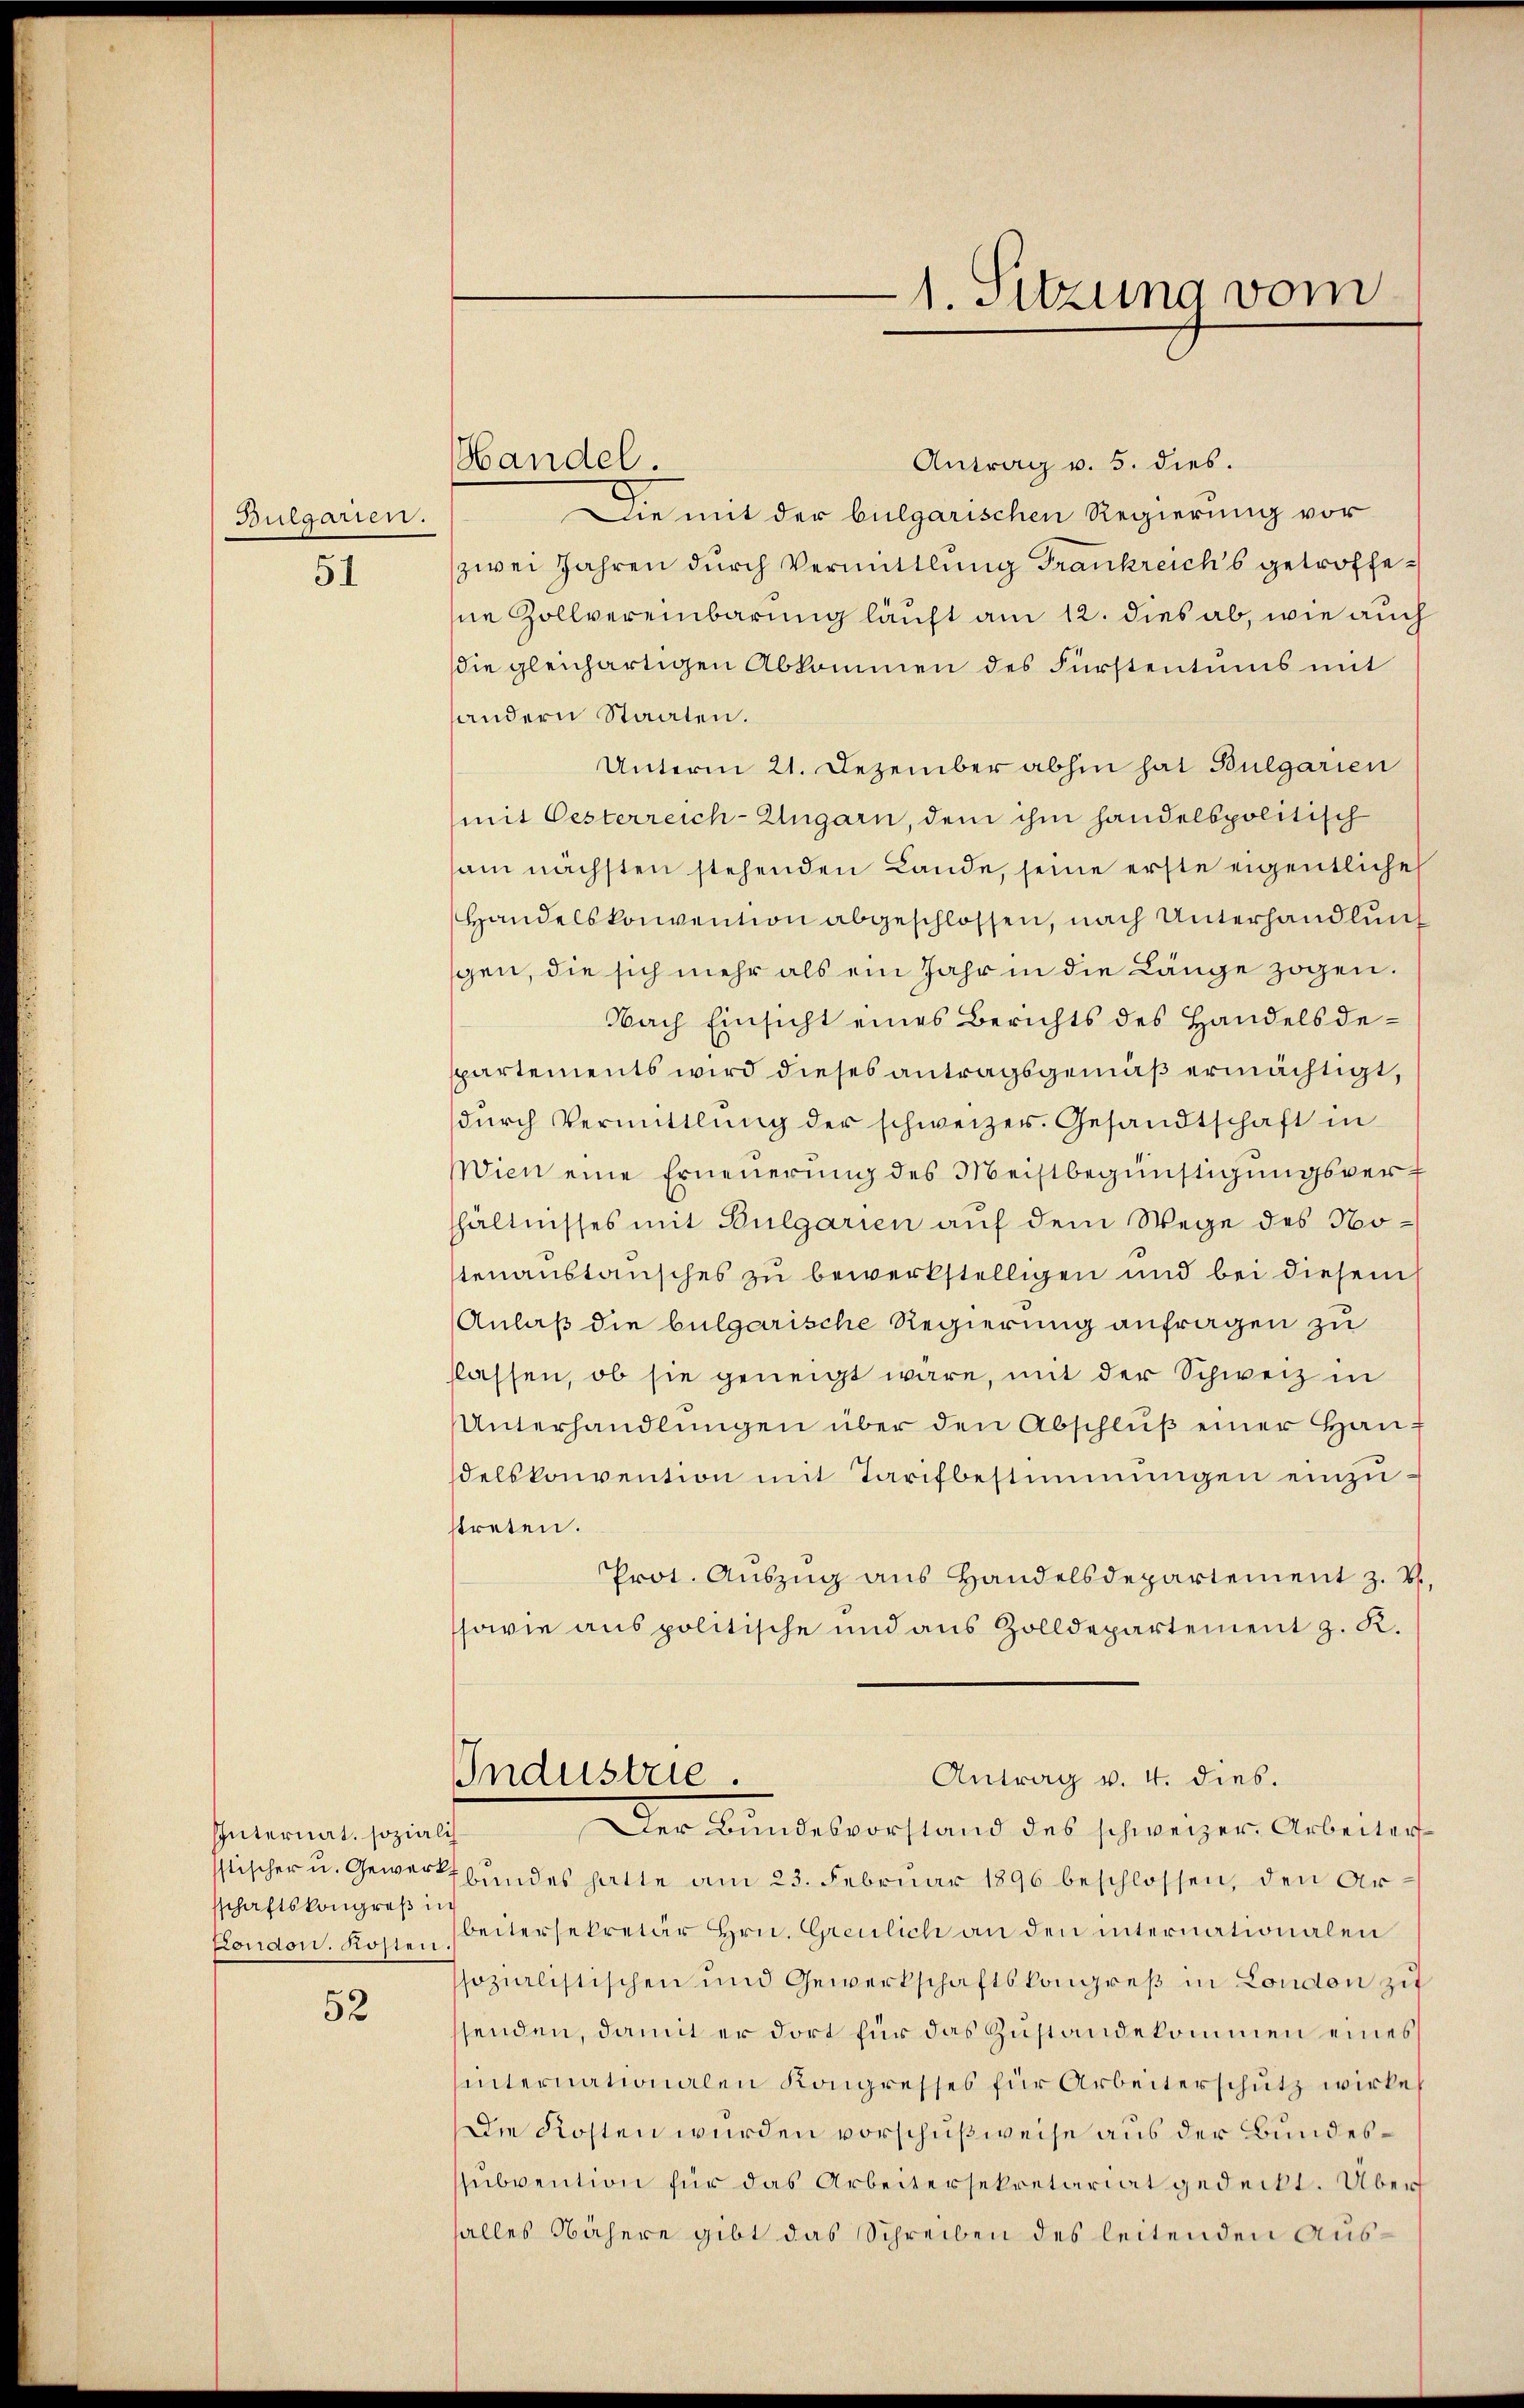
Bulgarien.

51

Internat. sozialis
sschaftskongreß in

52

Handel.

1. Sitzung vom

Antrag v. 5. dies.
Die mit der bulgarischen Regierung vor
zwei Jahren durch Vermittlung Frankreichs getroffesne Zollvereinbarung läuft am 12. dies ab, wie auch
die gleichartigen Abkommen des Fürstentums mit
handern Staaten.
Unterm 21. Dezember abhin hat Bulgarien
(mit Oesterreich-Ungarn, dem ihm handelspolitisch
am nächsten stehenden Lande, seine erste eigentliche
Handelskonvention abgeschlossen, nach Unterhandlung
gen, die sich mehr als ein Jahr in die Länge zogen.
Nach Einsicht eines Berichts des Handelsdespartements wird dieses antragsgemäß ermächtigt,
dŭrch Vermittlung der schweizer. Gesandtschaft in
Wien eine Erneuerung des Meistbegünstigungsvershältnisses mit Bulgarien auf dem Wege des Notenanstausches zu bewerkstelligen und bei diesem
Anlaß die bulgarische Regierung anfragen zu
flassen, ob sie geneigt wäre, mit der Schweiz in
Unterhandlŭngen über den Abschlŭβ einer Handelskonvention mit Tarifbestimmungen einzustreten.
Prot. Aŭszŭg aŭs Handelsdepartement z. B.,
ssowie aus politische und aus Zolldepartement z. R.
Antrag v. 4. dies.
Industrie.
Der Bundesvorstand des schweizer. Arbeiter
stischer u. Gewerkbundes hatte am 23. Februar 1896 beschlossen, den Ar¬
Fondon. Rossen, beitersekretär Hrn. Greulich an den internationalen
sozialistischen und Gewerkschaftskongreß in London zu
ssenden, damit er dort für das Zustandekommen eines
hinternationalen Kongresses für Arbeiterschutz wirke
Die Kosten wurden vorschußweise aus der Bundesssubvention für das Arbeitersekretariat gedeckt. Übers
falles Nähere gibt das Schreiben des leitenden Aus¬